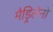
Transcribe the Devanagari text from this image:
मैड्रिलेनो